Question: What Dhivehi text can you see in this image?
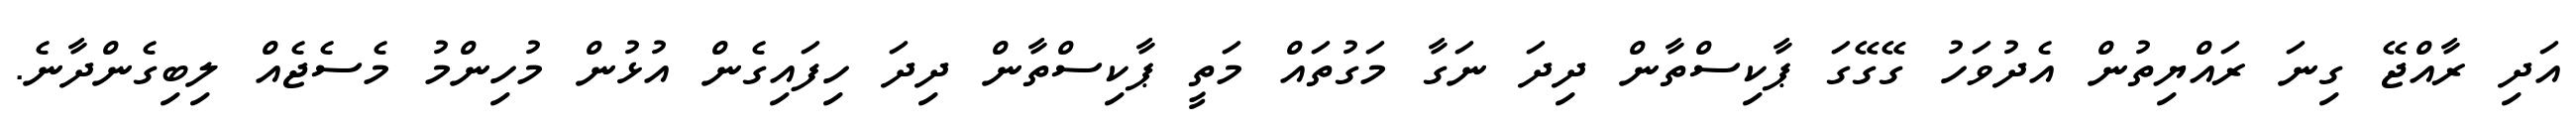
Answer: އަދި ރާއްޖޭ ގިނަ ރައްޔިތުން އެދުވަހު ގޭގޭގަ ޕާކިސްތާން ދިދަ ނަގާ މަގުތައް މަތީ ޕާކިސްތާން ދިދަ ހިފައިގެން އުޅުން މުހިންމު މެސެޖެއް ލިބިގެންދާނެ.